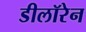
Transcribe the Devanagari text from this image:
डीलॉरेन